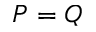
P = Q